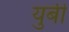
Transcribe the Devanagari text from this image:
युबी